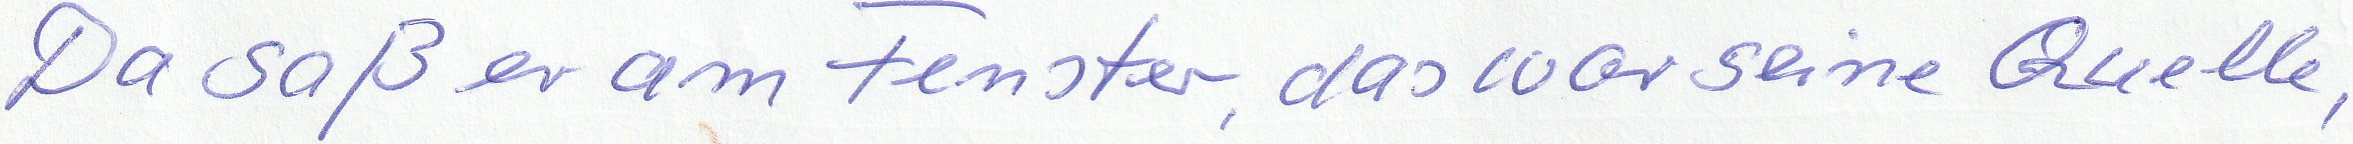
Da saß er am Fenster, das war seine Quelle,